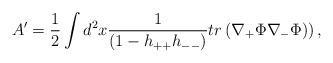
LaTeX: \begin{align*}A' = \frac{1}{2} \int d^{2}x\frac{1}{(1 - h_{++}h_{--})} tr\left(\nabla_{+}\Phi\nabla_{-}\Phi)\right),\end{align*}